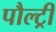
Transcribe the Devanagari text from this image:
पौल्ट्री